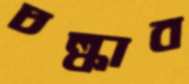
চল্‌কাব